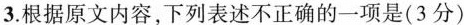
3.根据原文内容下列表述不正确的一项是(3分)